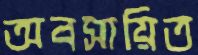
অবসায়িত